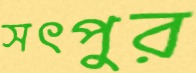
সৎপুর